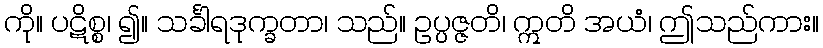
ကို။ ပဋိစ္စ၊ ၍။ သင်္ခါရဒုက္ခတာ၊ သည်။ ဥပ္ပဇ္ဇတိ၊ ဣတိ အယံ၊ ဤသည်ကား။